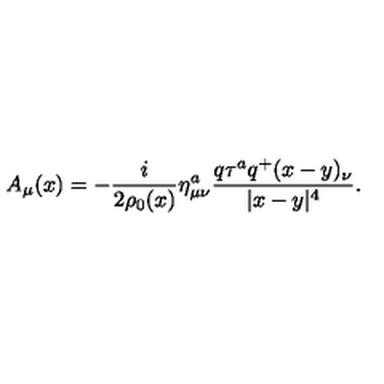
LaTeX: A _ { \mu } ( x ) = - \frac { i } { 2 \rho _ { 0 } ( x ) } \eta _ { \mu \nu } ^ { a } \frac { q \tau ^ { a } q ^ { + } ( x - y ) _ { \nu } } { | x - y | ^ { 4 } } .